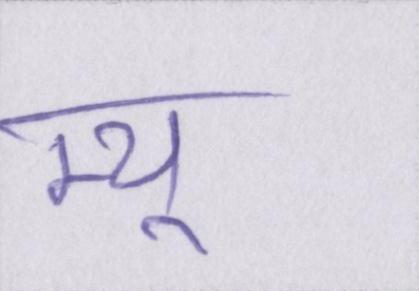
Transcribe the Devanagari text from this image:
म्यू